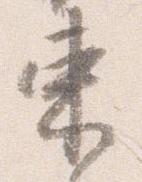
束